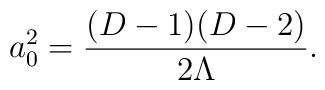
a_0^2 = {(D-1)(D-2)\over 2\Lambda}.